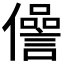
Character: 𠐨